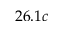
2 6 . 1 c